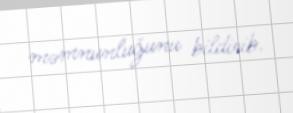
məmnunluğunu bildirib.